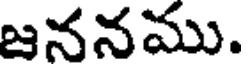
జననము.